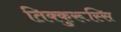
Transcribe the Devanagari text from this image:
तिक्कुरूस्सि